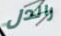
راندل